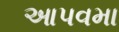
આપવમા